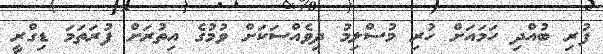
ފުރި ބުއްދި ހަމައަށް ހުރި މުސްލިމު ދިވެެއްސަކަށް ވުމުގެ އިތުރަށް ފުރަތަމަ ޑިގްރީ